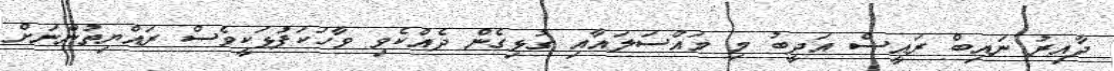
ދާއިރު ނައިބް ރައީސް އަދީބު މި މައްސަލައާއި ގުޅިގެން ދެއްކެވި ވާހަކަފުޅަކީވެސް ރައްޔިތުންނަށް